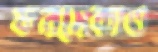
ফনসেকাও